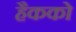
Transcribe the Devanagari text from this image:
हैकको